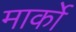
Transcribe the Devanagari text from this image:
मार्को